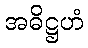
အဓိဋ္ဌဟံ